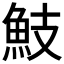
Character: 𩵾